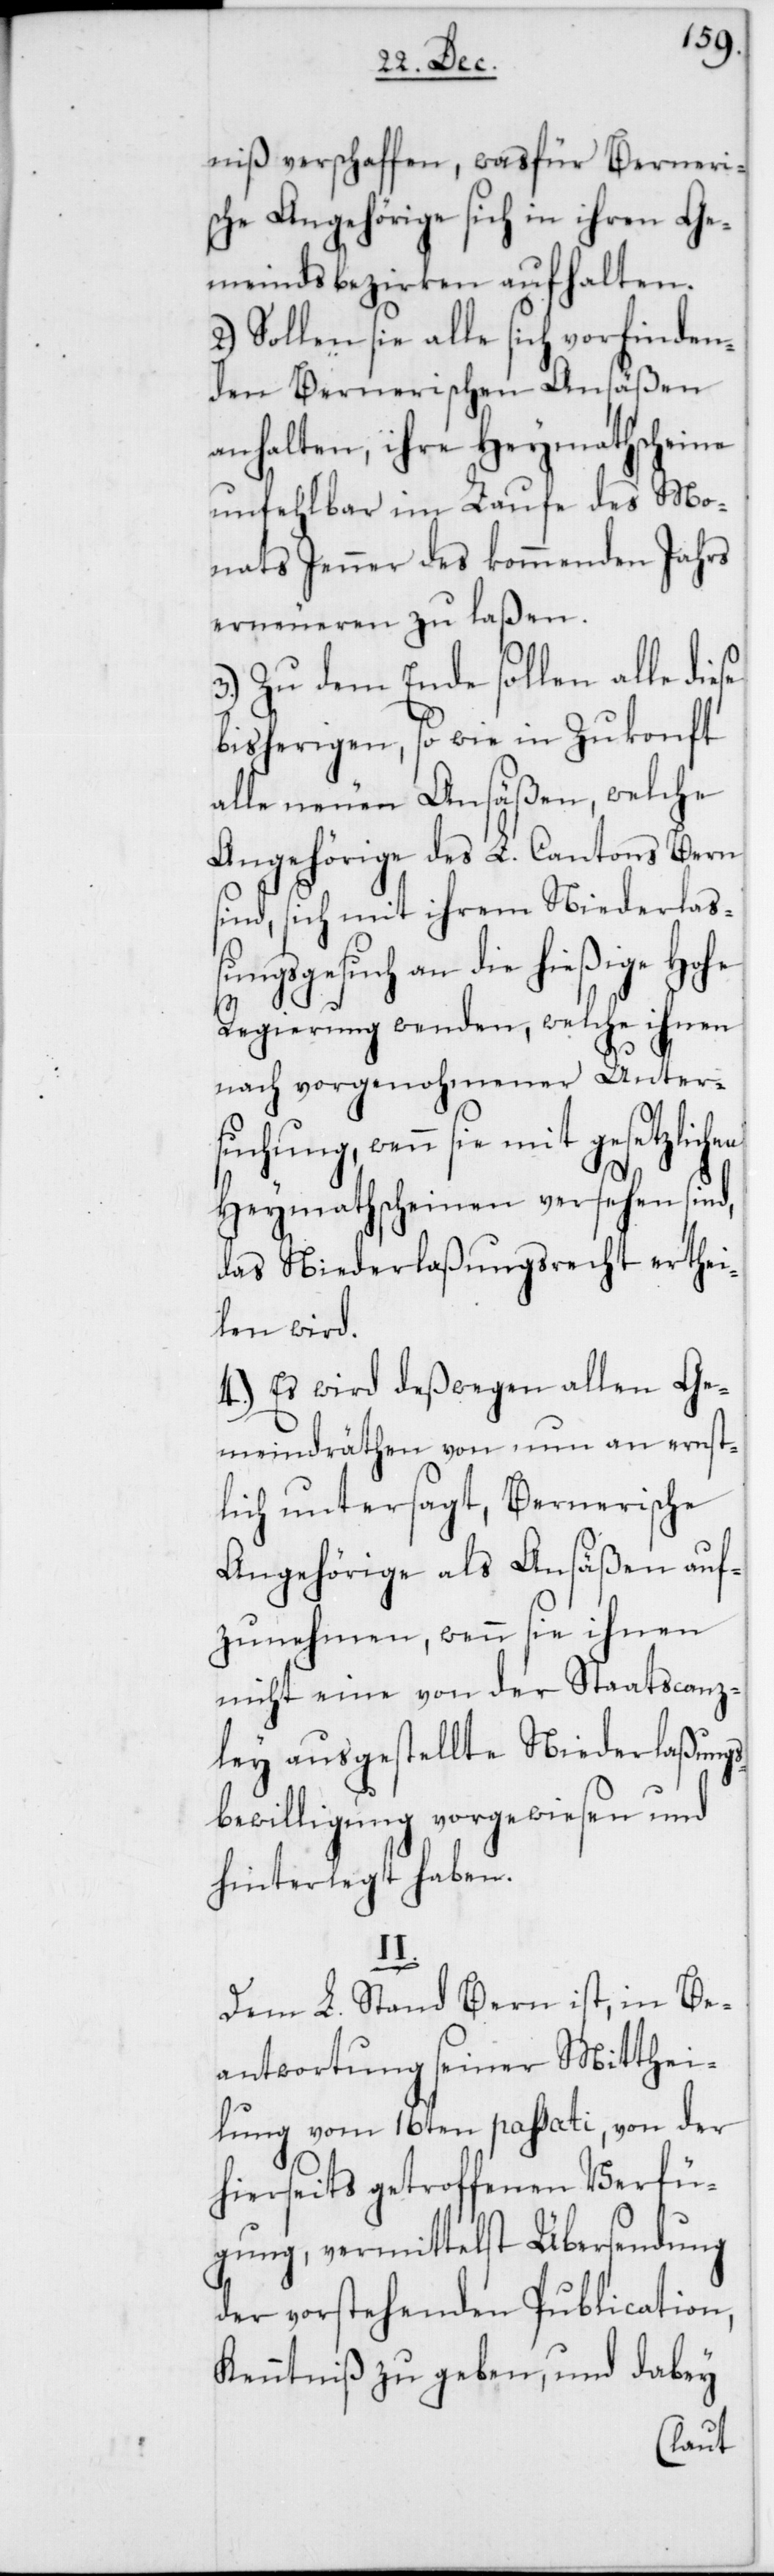
niß verschaffen, was für Berneri¬
sche Angehörige sich in ihren Ge¬
meindsbezirken aufhalten.
Sollen sie alle sich vorfinden¬
den Bernerischen Ansäßen
anhalten, ihre Heymathscheine
unfehlbar im Laufe des Mo¬
nats Jenner des kommenden Jahrs
erneueren zu laßen.
3.) Zu dem Ende sollen alle diese
bisherigen, sowie in Zukunft
alle neuen Ansäßen, welche
Angehörige des L. Cantons Bern
sind, sich mit ihrem Niederlaß¬
ungsgesuch an die hießige Hohe
Regierung wenden, welche ihnen
nach vorgenohmener Unter¬
suchung, wenn sie mit gesetzlich¬
Heymathscheinen versehen sind,
das Niederlaßungsrecht erthei¬
len wird.
4.) Es wird deßwegen allen Ge¬
meindräthen von nun an ernst¬
lich untersagt, Bernerische
Angehörige als Ansäßen auf¬
zunehmen, wenn sie ihnen
nicht eine von der Staatscanz¬
ley ausgestellte Niederlaßungs¬
bewilligung vorgewiesen und
hinterlegt haben.
II.
Dem L. Stand Bern ist, in Be¬
antwortung seiner Mitthei¬
lung vom 16ten passati, von der
hierseits getroffenen Verfü¬
gung, vermittelst Übersendung
der vorstehenden Publication,
Kenntniß zu geben, und dabey